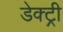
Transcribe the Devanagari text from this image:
डेक्ट्री